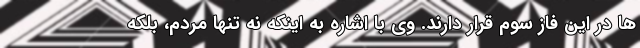
ها در این فاز سوم قرار دارند. وی با اشاره به اینکه نه تنها مردم، بلکه